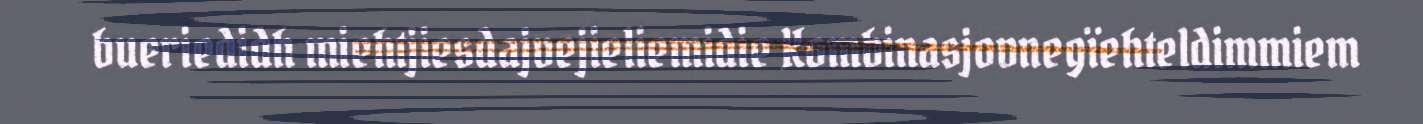
bueriedidh miehtjiesdajvejieliemidie Kombinasjovnegïehteldimmiem